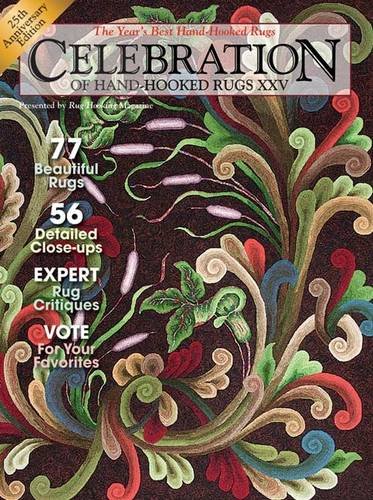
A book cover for Celebration of Hand-Hooked Rugs XXV; Crafts, Hobbies & Home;